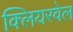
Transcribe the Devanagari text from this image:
क्लियरवेल